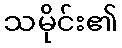
သမိုင်း၏